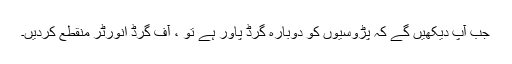
جب آپ دیکھیں گے کہ پڑوسیوں کو دوبارہ گرڈ پاور ہے تو ، آف گرڈ انورٹر منقطع کردیں۔